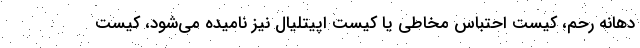
دهانه رحم، کیست احتباس مخاطی یا کیست اپیتلیال نیز نامیده می‌شود، کیست